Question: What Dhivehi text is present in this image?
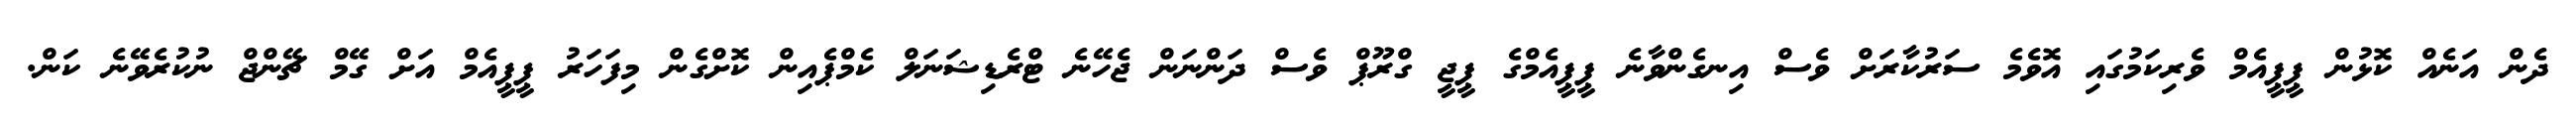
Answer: ދެން އަނެއް ކޮޅުން ޕީޕީއެމް ވެރިކަމުގައި އޮވެމެ ސަރުކާރަށް ވެސް އިނގެންވާނެ ޕީޕީއެމްގެ ޕީޖީ ގްރޫޕް ވެސް ދަންނަން ޖެހޭނެ ޓްރެޑިޝަނަލް ކެމްޕެއިން ކޮށްގެން މިފަހަރު ޕީޕީއެމް އަށް ގޭމް ޗޭންޖް ނުކުރެވޭނެ ކަން.